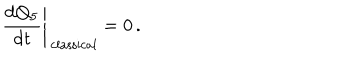
\left. \frac { \mathrm { d } Q _ { 5 } } { \mathrm { d } t } \right| _ { \mathrm { \, c l a s s i c a l } } = 0 \, .